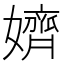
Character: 𡣙